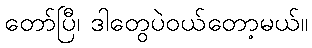
တော်ပြီ၊ ဒါတွေပဲဝယ်တော့မယ်။